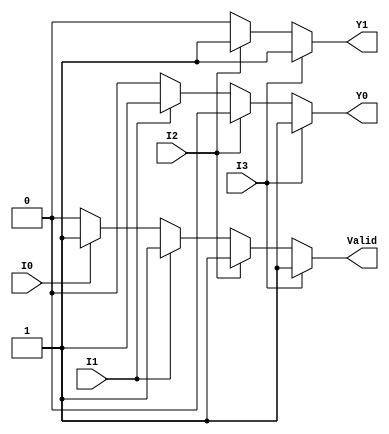
module priority_encoder (
    input wire I0, // Input 0 (lowest priority)
    input wire I1, // Input 1
    input wire I2, // Input 2
    input wire I3, // Input 3 (highest priority)
    output reg Y1, // Most significant bit of the output
    output reg Y0, // Least significant bit of the output
    output reg Valid // Indicates if any input is active
);

always @(*) begin
    // Default values
    Y1 = 1'b0;
    Y0 = 1'b0;
    Valid = 1'b0; // Initially assume no inputs are active

    if (I3) begin
        Y1 = 1'b1;
        Y0 = 1'b1;
        Valid = 1'b1;
    end else if (I2) begin
        Y1 = 1'b1;
        Y0 = 1'b0;
        Valid = 1'b1;
    end else if (I1) begin
        Y1 = 1'b0;
        Y0 = 1'b1;
        Valid = 1'b1;
    end else if (I0) begin
        Y1 = 1'b0;
        Y0 = 1'b0;
        Valid = 1'b1;
    end else begin
        // If none are active, Y1 and Y0 remain at default (0)
        // Valid is already set to 0
    end
end

endmodule